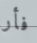
فأر